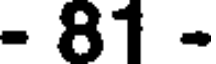
- 81 -